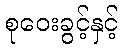
စုဝေးခွင့်နှင့်